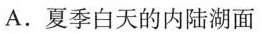
A.夏季白天的内陆湖面